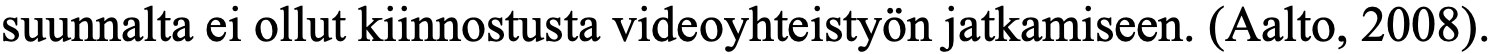
suunnalta ei ollut kiinnostusta videoyhteistyön jatkamiseen. (Aalto, 2008).